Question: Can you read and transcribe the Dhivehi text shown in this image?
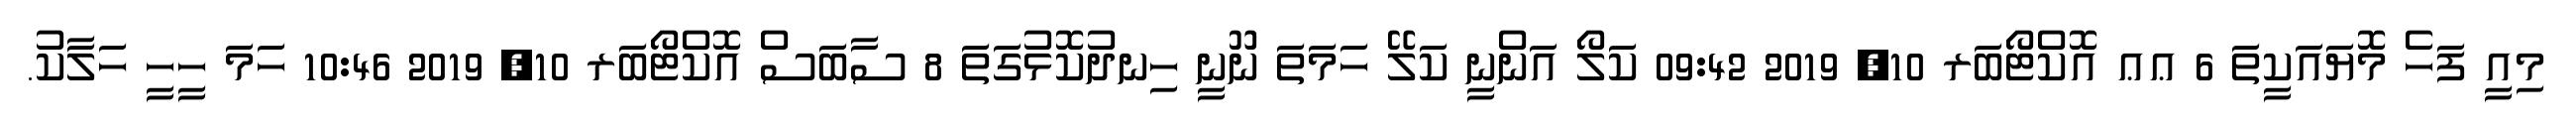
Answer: މިއީ ފަހެ މޮޔައަކީތަ 6 ޢޢ އޮކްޓޯބަރ 10, 2019 09:42 ކަލޯ އަންނީ ކަލޭ ހަމަތަ ނޫނީ ހިނދުކޮޅުގަތަ 8 ސާބަސް އޮކްޓޯބަރ 10, 2019 10:46 ހަމަ ހީހީ ހަލާކު.